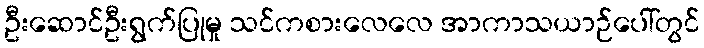
ဦးဆောင်ဦးရွက်ပြုမှု သင်ကစားလေလေ အာကာသယာဉ်ပေါ်တွင်